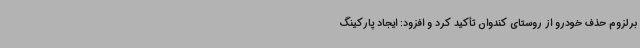
برلزوم حذف خودرو از روستای کندوان تأکید کرد و افزود: ایجاد پارکینگ